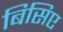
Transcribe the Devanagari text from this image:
बिसिए